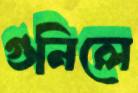
গুনিলে